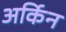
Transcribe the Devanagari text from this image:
अर्किन